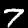
Digit: 7